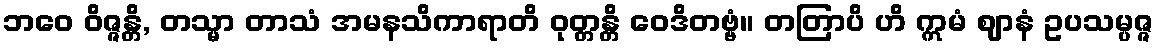
ဘဝေ ဝိဇ္ဇန္တိ, တသ္မာ တာသံ အမနသိကာရာတိ ဝုတ္တန္တိ ဝေဒိတဗ္ဗံ။ တတြာပိ ဟိ ဣမံ ဈာနံ ဥပသမ္ပဇ္ဇ